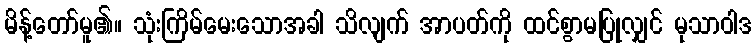
မိန့်တော်မူ၏။ သုံးကြိမ်မေးသောအခါ သိလျက် အာပတ်ကို ထင်စွာမပြုလျှင် မုသာဝါဒ